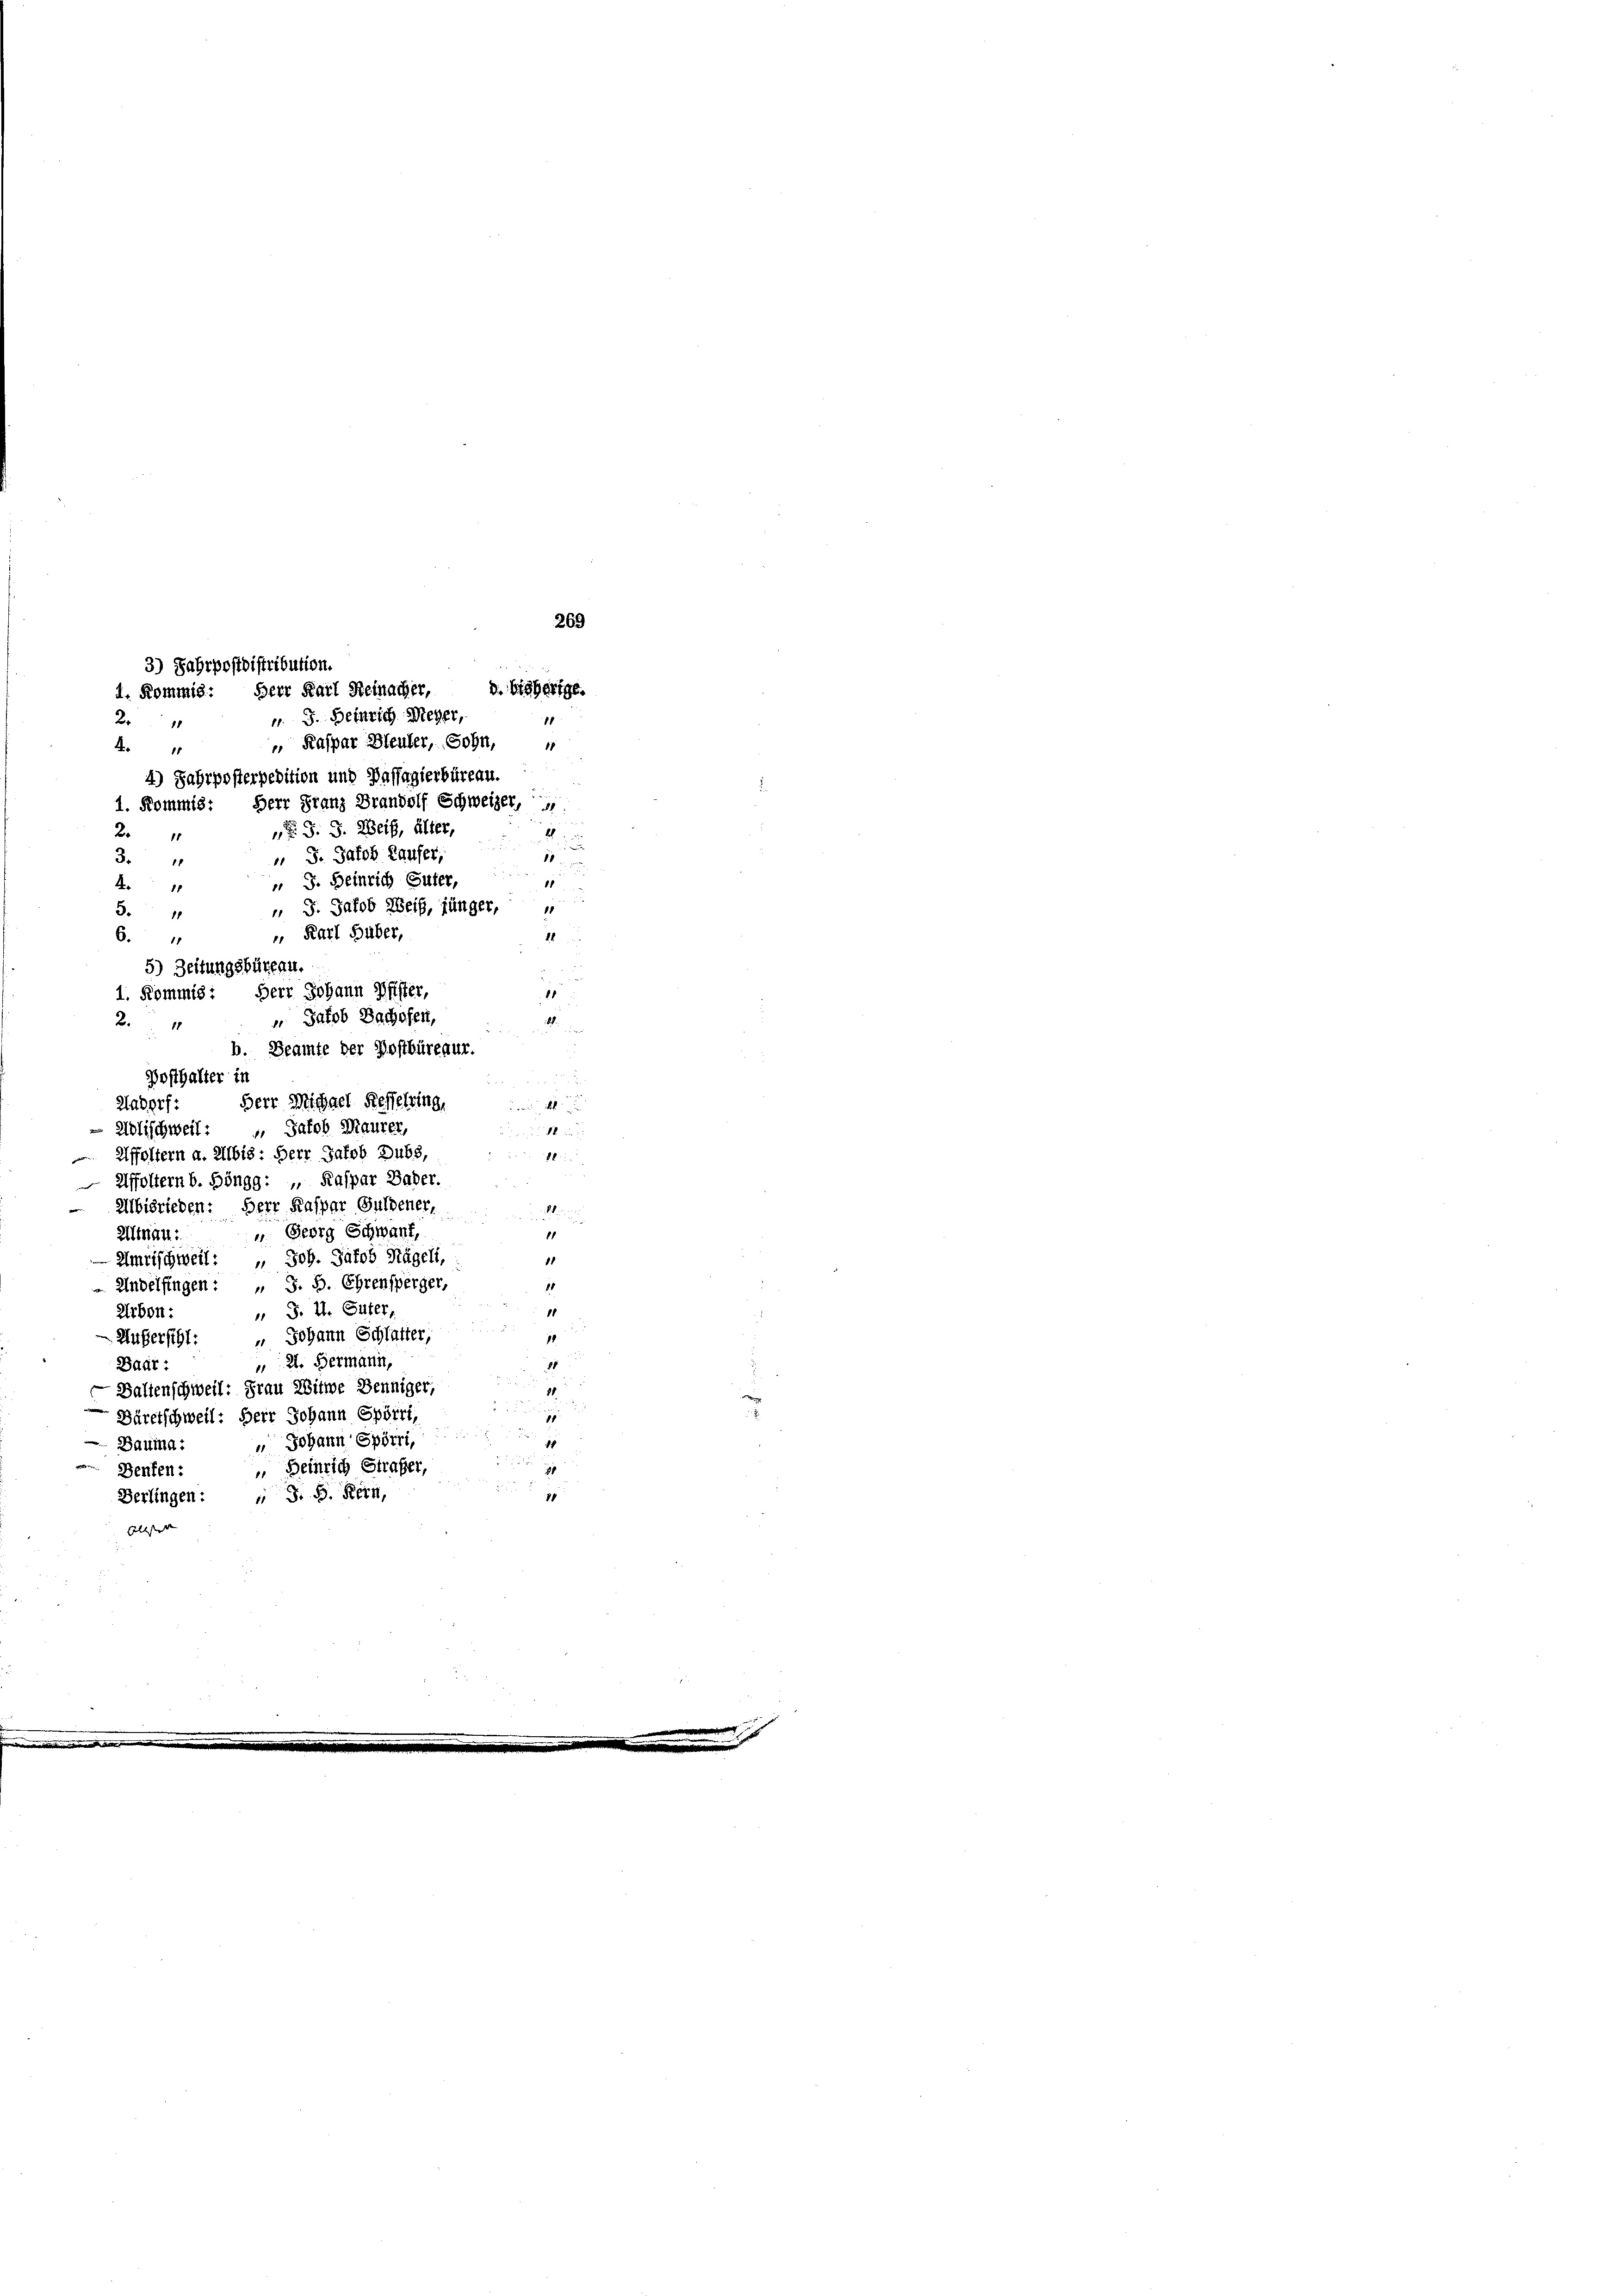
269
3) Fahrpostdistribution.
d. bisherige.
1. Kommis: Herr Karl Reinacher,
v. J. Heinrich Weber,
1
2
 Kaspar Bleuler, Sohn,
4
4) Jahrposterpedition und Passagierbüreau.
1. Kommis. Herr Franz Brandolf Schweizer,
„ J. J. Weiß, älter,

3.
3.4

6.4
2

2
21
 J. Jakob Kaufer,
11
11

 J. Heinrich Güter,
1
r
10
 J. Jakob Weiß, jünger,
 Karl Huber,
11
5) Zeitungsbüreau.
1
1. Kommis: Herr Johann Pfister,
 Jakob Bachofen,
8
b. Beamte der Bostbüreaur.
Posthalter in
Herr Michael Kesselring,
Aadorf:

Adlischweil: " Jakob Maurer,
86
Affoltern a. Albis: Herr Jakob Dubs,
8
Affoltern b. Böngg: „ Kaspar Bader.
Albisrieden: Herr Kaspar Guldener,
K
 Georg Schwant,
11
Altnau:
1
Umrischweil: " Joh. Jakob Kägeli,
1
Andelfingen : „ J. B. Ehrensperger,
 S. 4. Güter,
11
Arbon:
1
 Johann Schlafter;
Außersihl:
8
 2. Hermann,
Daat:
g
Baltenschweil: Frau Witwe Denniger,
7
 Bäretschweil: Herr Johann Spörri,
5
Bauma: " Johann Spörri
7
 Deinrich Strafer,
Benten:
p
Berlingen: „ S. B. Rein,
Altst de